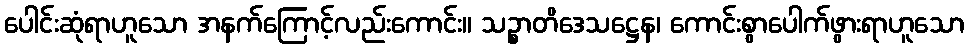
ပေါင်းဆုံရာဟူသော အနက်ကြောင့်လည်းကောင်း။ သဉ္စာတိဒေသဋ္ဌေန၊ ကောင်းစွာပေါက်ဖွားရာဟူသော